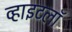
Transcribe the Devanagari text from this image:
व्हाइटलॉ